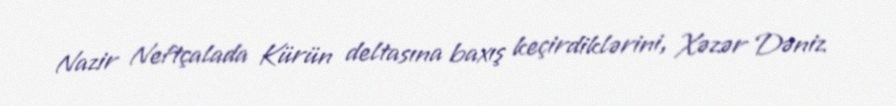
Nazir Neftçalada Kürün deltasına baxış keçirdiklərini, Xəzər Dəniz